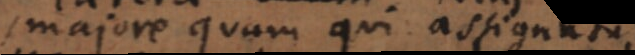
majore quam qui assignatur